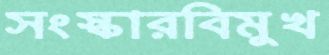
সংস্কারবিমুখ